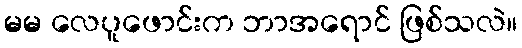
မမ လေပူဖောင်းက ဘာအရောင် ဖြစ်သလဲ။